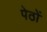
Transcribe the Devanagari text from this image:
पेठों